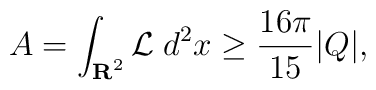
A = \int_{{\bf R}^2} {\cal L}\;d^2 x \geq \frac{16 \pi}{15} |Q|,\;\;\;\;\;\;\;\; \;\;